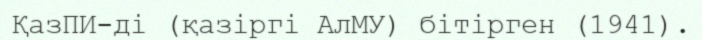
ҚазПИ-ді (қазіргі АлМУ) бітірген (1941).